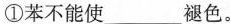
①苯不能使___褪色。